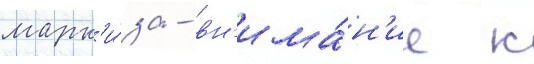
марк'и́за - вн'има́н'ие к